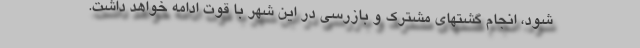
شود، انجام گشتهای مشترک و بازرسی در این شهر با قوت ادامه خواهد داشت.